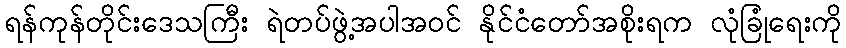
ရန်ကုန်တိုင်းဒေသကြီး ရဲတပ်ဖွဲ့အပါအဝင် နိုင်ငံတော်အစိုးရက လုံခြုံရေးကို